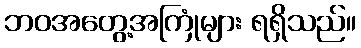
ဘဝအတွေ့အကြုံများ ရရှိသည်။